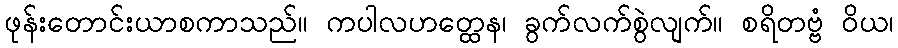
ဖုန်းတောင်းယာစကာသည်။ ကပါလဟတ္ထေန၊ ခွက်လက်စွဲလျက်။ စရိတဗ္ဗံ ဝိယ၊